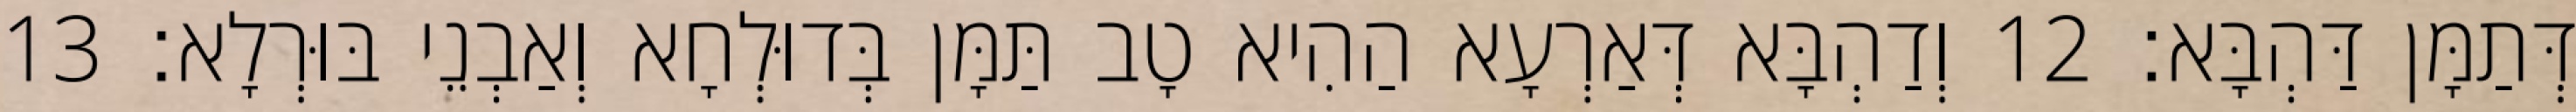
דְּתַמָּן דַּהְבָּא׃ 12 וְדַהְבָּא דְּאַרְעָא הַהִיא טָב תַּמָּן בְּדוּלְחָא וְאַבְנֵי בּוּרְלָא׃ 13